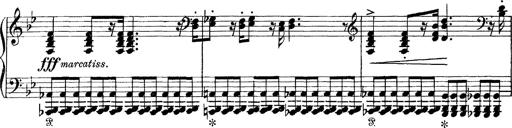
Title: Scherzo und Marsch
Composer: Franz Liszt